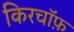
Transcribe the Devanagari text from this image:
किरचॉफ़